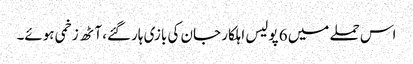
اس حملے میں 6 پولیس اہلکار جان کی بازی ہارگئے، آٹھ زخمی ہوئے۔